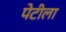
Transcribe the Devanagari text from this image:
पेटीला